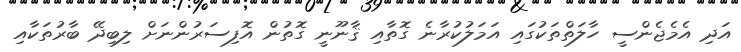
އަދި އެމެޖެންސީ ހާލަތްތަކުގައި އަމަލުކުރާނެ ގޮތާއި ޤާނޫނީ ގޮތުން އޮފިސަރުންނަށް ލިބިދޭ ބާރުތަކާއި